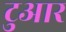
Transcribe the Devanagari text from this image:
टुआर